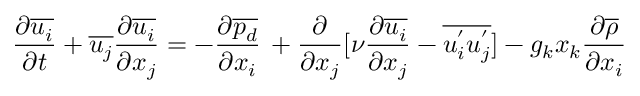
\frac { \partial \overline { { u _ { i } } } } { \partial t } + \overline { { u _ { j } } } \frac { \partial \overline { { u _ { i } } } } { \partial x _ { j } } = - \frac { \partial \overline { { p _ { d } } } } { \partial x _ { i } } \, + \frac { \partial } { \partial x _ { j } } \lbrack \nu \frac { \partial \overline { { u _ { i } } } } { \partial x _ { j } } - \overline { { u _ { i } ^ { ' } u _ { j } ^ { ' } } } { ] } - g _ { k } x _ { k } \frac { \partial \overline { { \rho } } } { \partial x _ { i } }